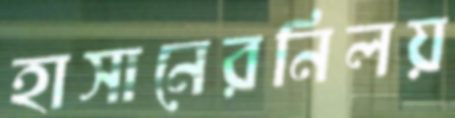
হাসানেরনিলয়